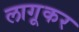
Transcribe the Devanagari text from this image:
लागूकर